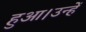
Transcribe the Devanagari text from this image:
हुआ।उन्हें